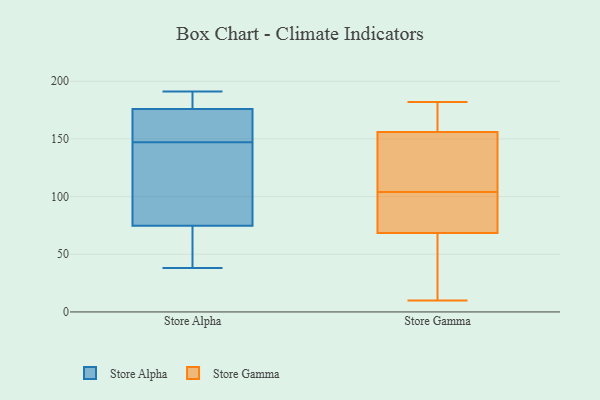
{"axis": {"x": "Active Users", "y": "Value"}, "legend": ["Store Alpha", "Store Gamma"], "data": [{"x": "", "y": 140, "type": "Store Alpha"}, {"x": "", "y": 190, "type": "Store Alpha"}, {"x": "", "y": 47, "type": "Store Alpha"}, {"x": "", "y": 191, "type": "Store Alpha"}, {"x": "", "y": 162, "type": "Store Alpha"}, {"x": "", "y": 147, "type": "Store Alpha"}, {"x": "", "y": 68, "type": "Store Alpha"}, {"x": "", "y": 93, "type": "Store Alpha"}, {"x": "", "y": 188, "type": "Store Alpha"}, {"x": "", "y": 77, "type": "Store Alpha"}, {"x": "", "y": 172, "type": "Store Alpha"}, {"x": "", "y": 150, "type": "Store Alpha"}, {"x": "", "y": 38, "type": "Store Alpha"}, {"x": "", "y": 147, "type": "Store Gamma"}, {"x": "", "y": 69, "type": "Store Gamma"}, {"x": "", "y": 37, "type": "Store Gamma"}, {"x": "", "y": 39, "type": "Store Gamma"}, {"x": "", "y": 68, "type": "Store Gamma"}, {"x": "", "y": 163, "type": "Store Gamma"}, {"x": "", "y": 10, "type": "Store Gamma"}, {"x": "", "y": 94, "type": "Store Gamma"}, {"x": "", "y": 122, "type": "Store Gamma"}, {"x": "", "y": 11, "type": "Store Gamma"}, {"x": "", "y": 82, "type": "Store Gamma"}, {"x": "", "y": 182, "type": "Store Gamma"}, {"x": "", "y": 160, "type": "Store Gamma"}, {"x": "", "y": 181, "type": "Store Gamma"}, {"x": "", "y": 176, "type": "Store Gamma"}, {"x": "", "y": 152, "type": "Store Gamma"}, {"x": "", "y": 108, "type": "Store Gamma"}, {"x": "", "y": 100, "type": "Store Gamma"}, {"x": "", "y": 111, "type": "Store Gamma"}, {"x": "", "y": 71, "type": "Store Gamma"}]}